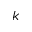
k